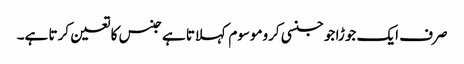
صرف ایک جوڑا جو جنسی کروموسوم کہلاتا ہے جنس کا تعین کرتا ہے۔